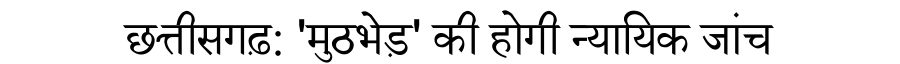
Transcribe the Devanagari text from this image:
छत्तीसगढ़: 'मुठभेड़' की होगी न्यायिक जांच